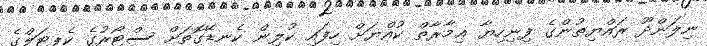
ނިލަންދޫ ރައްޔިތުންގެ ފިނިހިޔާ ޢިމާރާތް ކުއްޔަށް ހިފައި ކުލިން ކެނޑޭގޮތަށް ސްޓޯރުގެ ކެޕިޓަލްގެ